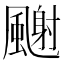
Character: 𩘧